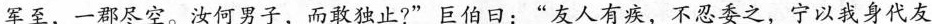
军至，一郡尽空。汝何男子，而敢独止?”巨伯日：”友人有疾，不忍委之，宁以我身代友